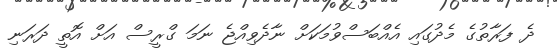
ދެ ފަރާތުގެ މެދުގައި އެއްބަސްވުމަކަށް ނާދެވިއްޖެ ނަމަ ގްރީސް އަށް އޮތީ ދަރަނި